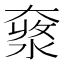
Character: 𡙥